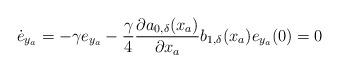
LaTeX: \begin{align*}\dot{e}_{y_a}= -\gamma e_{y_a} -\dfrac{\gamma}{4}\dfrac{\partial a_{0,\delta}(x_a)}{\partial x_a}b_{1,\delta}(x_a) e_{y_a}(0) = 0\end{align*}